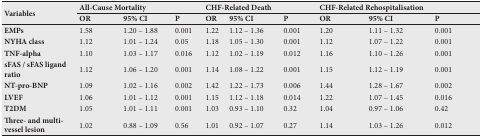
<table><thead><tr><td rowspan="2"><b>Variables</b></td><td colspan="3"><b>All-Cause Mortality</b></td><td colspan="3"><b>CHF-Related Death</b></td><td colspan="3"><b>CHF-Related Rehospitalisation</b></td></tr><tr><td><b>OR</b></td><td><b>95% CI</b></td><td><b>P</b></td><td><b>OR</b></td><td><b>95% CI</b></td><td><b>P</b></td><td><b>OR</b></td><td><b>95% CI</b></td><td><b>P</b></td></tr></thead><tbody><tr><td><b>EMPs</b></td><td>1.58</td><td>1.20 – 1.88</td><td>0.001</td><td>1.22</td><td>1.12 – 1.36</td><td>0.001</td><td>1.20</td><td>1.11 – 1.32</td><td>0.001</td></tr><tr><td><b>NYHA class</b></td><td>1.12</td><td>1.01 – 1.24</td><td>0.05</td><td>1.18</td><td>1.05 – 1.30</td><td>0.001</td><td>1.12</td><td>1.07 – 1.22</td><td>0.001</td></tr><tr><td><b>TNF-alpha</b></td><td>1.10</td><td>1.03 – 1.17</td><td>0.016</td><td>1.12</td><td>1.02 – 1.19</td><td>0.012</td><td>1.16</td><td>1.10 – 1.26</td><td>0.001</td></tr><tr><td><b>sFAS / sFAS ligand ratio</b></td><td>1.12</td><td>1.06 – 1.20</td><td>0.001</td><td>1.14</td><td>1.08 – 1.22</td><td>0.001</td><td>1.15</td><td>1.12 – 1.19</td><td>0.001</td></tr><tr><td><b>NT-pro-BNP</b></td><td>1.09</td><td>1.02 – 1.16</td><td>0.002</td><td>1.42</td><td>1.22 – 1.73</td><td>0.006</td><td>1.44</td><td>1.28 – 1.67</td><td>0.002</td></tr><tr><td><b>LVEF</b></td><td>1.06</td><td>1.01 – 1.12</td><td>0.001</td><td>1.15</td><td>1.12 – 1.18</td><td>0.014</td><td>1.22</td><td>1.07 – 1.45</td><td>0.016</td></tr><tr><td><b>T2DM</b></td><td>1.05</td><td>1.01 – 1.11</td><td>0.001</td><td>1.03</td><td>0.93 – 1.10</td><td>0.32</td><td>1.04</td><td>0.97 – 1.06</td><td>0.42</td></tr><tr><td><b>Three- and multi-vessel lesion</b></td><td>1.02</td><td>0.88 – 1.09</td><td>0.56</td><td>1.01</td><td>0.92 – 1.07</td><td>0.27</td><td>1.14</td><td>1.03 – 1.26</td><td>0.012</td></tr></tbody></table>